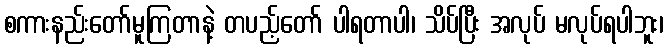
စကားနည်းတော်မူကြတာနဲ့ တပည့်တော် ပါရတာပါ၊ သိပ်ပြီး အလုပ် မလုပ်ရပါဘူး၊